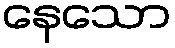
နေသော